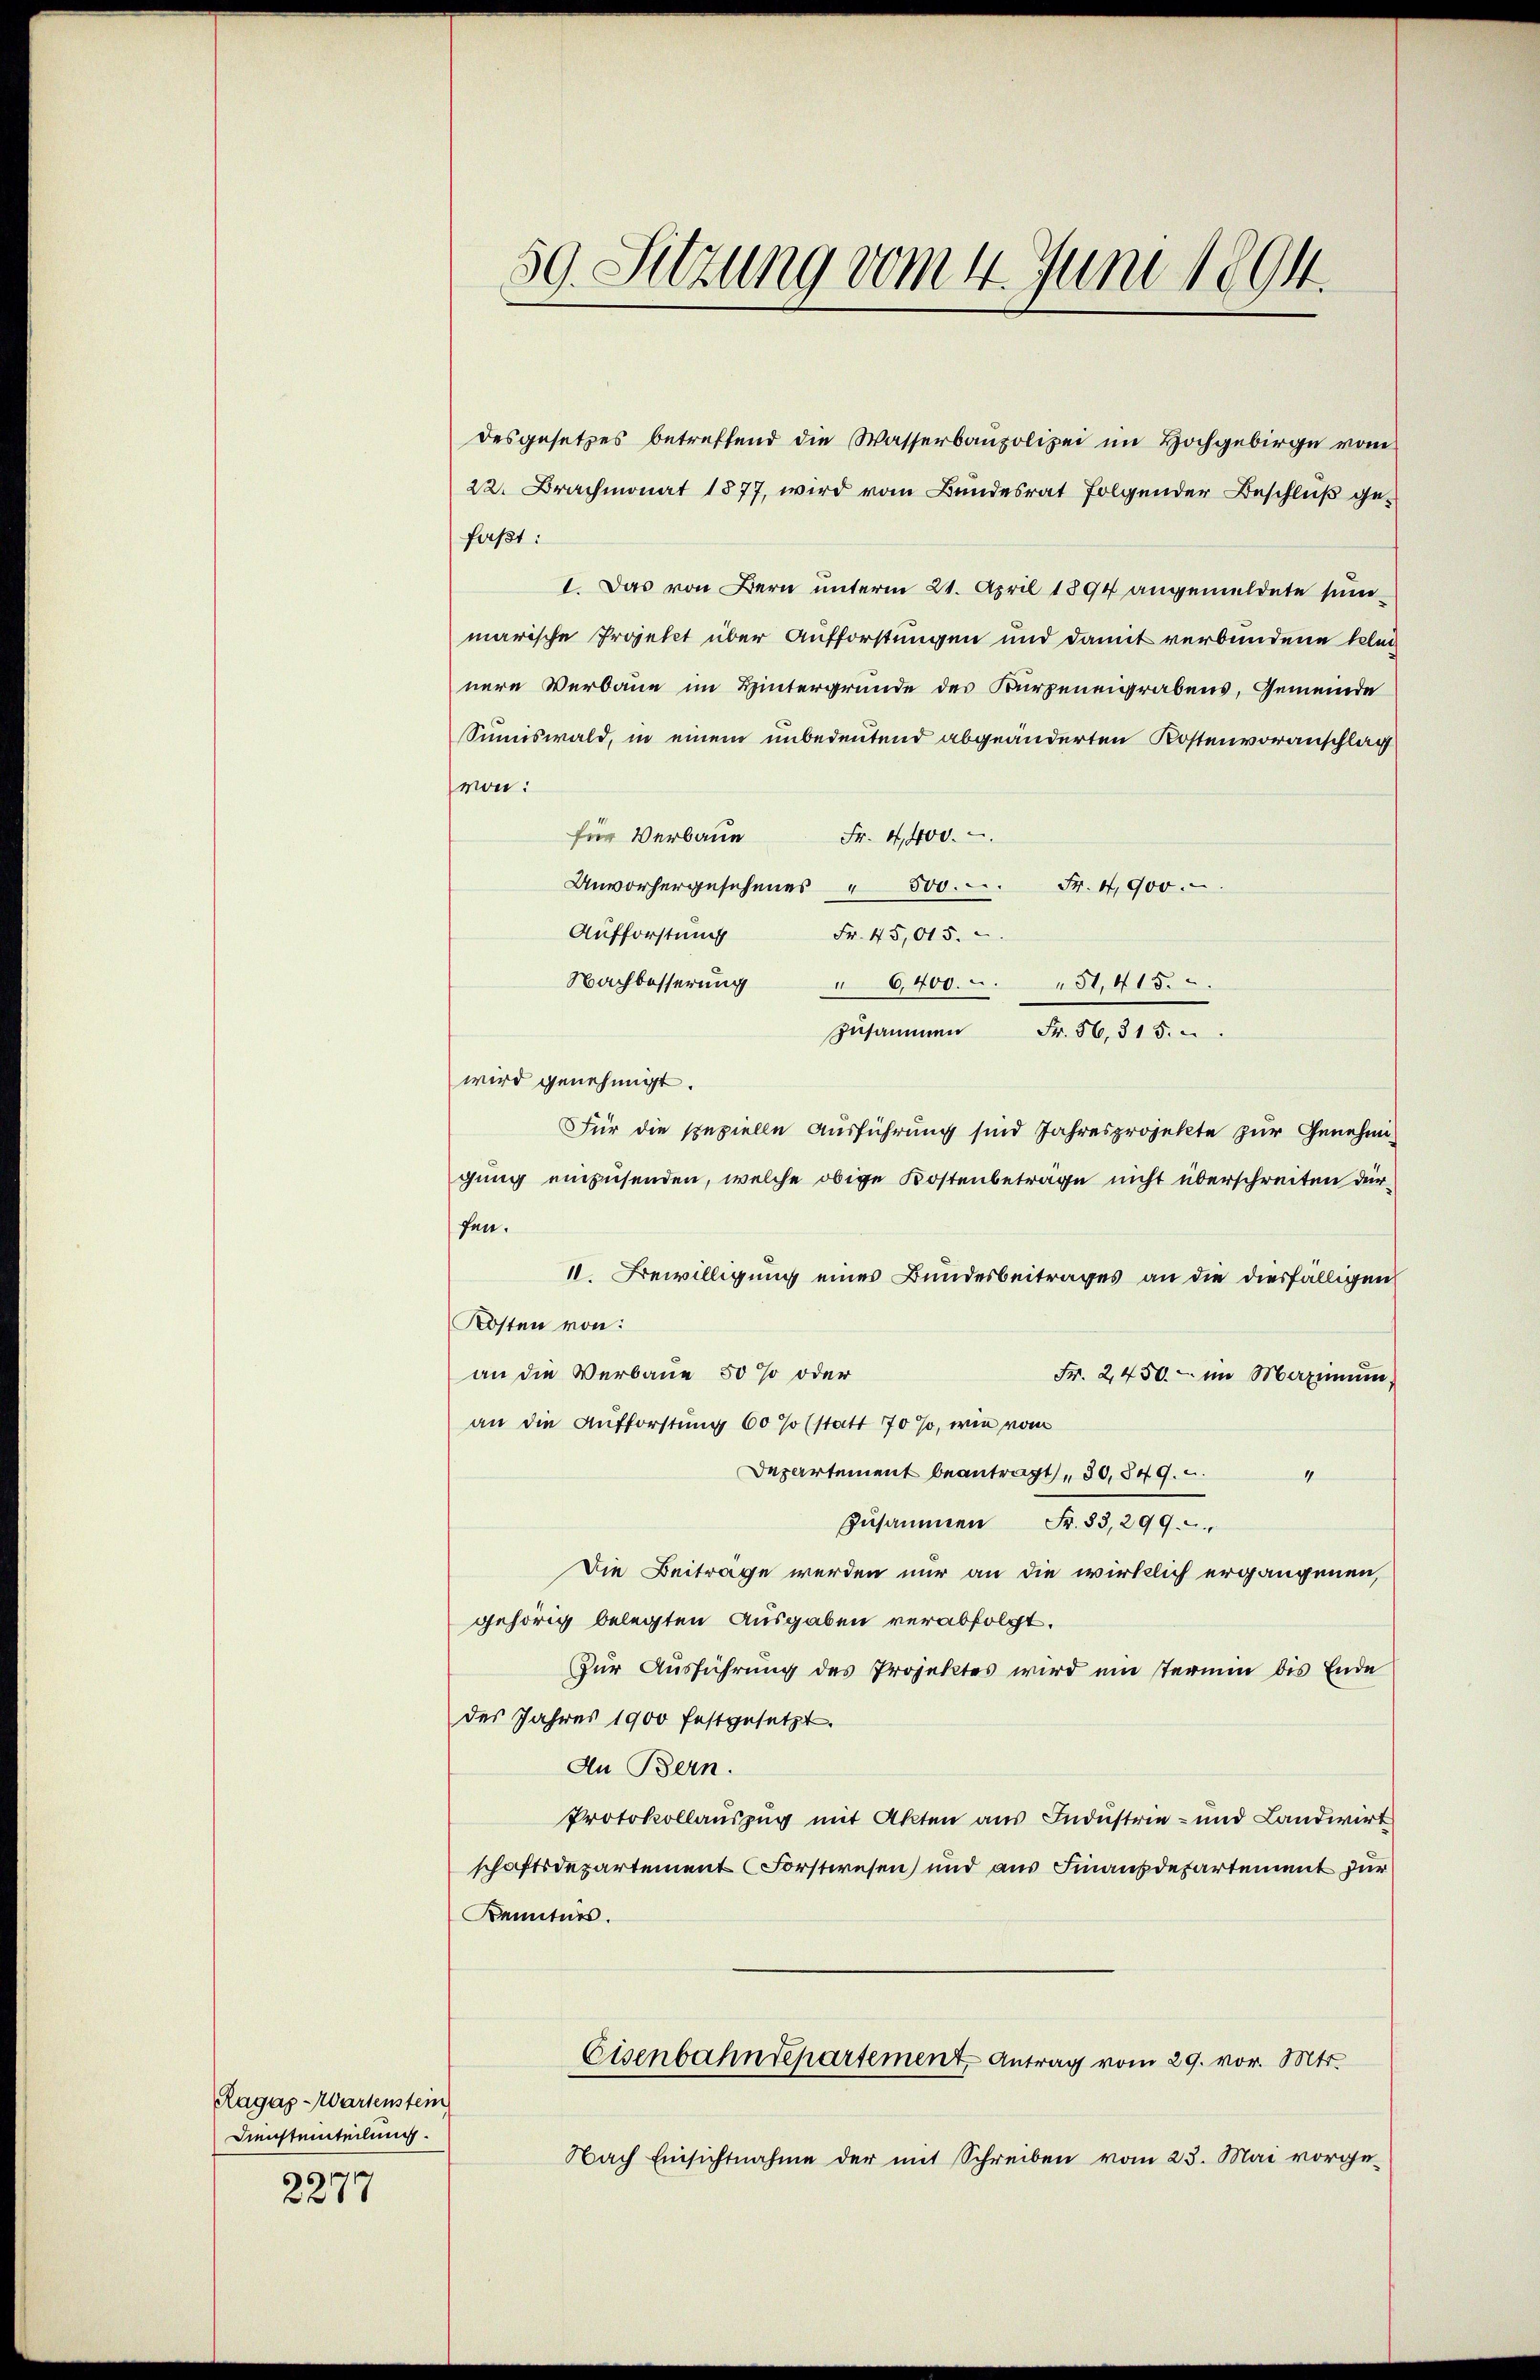
Ragas-Wartenstein
Diensteinteilung.
6
3277

59. Sitzung vom 4. Juni 1894.

desgesetzes betreffend die Wasserbaupolizei im Hochgebirge vom
22. Brachmonat 1877, wird vom Bundesrat folgender Beschluß gefaßt:
I. Das von Bern unterm 21. April 1894 angemeldete summarische Projekt über Aufforstungen und damit verbundene kleinere Verbaue im Hintergründe des Kürzeneigrabens, Gemeinde
Sumiswald, in einem unbedeutend abgeänderten Kostenvoranschlag
von:
für Verbaue Fr. 4,400.
Unvorhergesehenes " 500. Fr. 4900.
Aufforstung
Fr. 45,015.
Nachbesserung
" 6400. 51, 415.
zusammen Fr. 56, 315.
wird genehmigt.
FFür die spezielle Ausführung sind Jahresprojekte zur Genehmigung einzusenden, welche obige Kostenbeträge nicht überschreiten dürfen.
II. Bewilligung eines Bundesbeitrages an die diesfälligen
Kosten von:
an die Verbaue 50% oder
Fr. 2,450. - im Maximum,
an die Aufforstung 60 % (statt 70 %, wie vom
Departement beantragt, 30,849.
4
zusammen Fr. 83, 299.
Die Beiträge werden nur an die wirklich ergangenen,
gehörig belegten Ausgaben verabfolgt.
Zur Ausführung des Projektes wird ein termin bis Ende
des Jahres 1900 festgesetzt.
An Bern.
Protokollauszug mit Akten aus Industrie- und Landwirt
schaftsdepartement Forstwesen und aus Finanzdepartement für
Kenntnis.
Eisenbahndepartement Antrag vom 29. vor. Mts.
Nach Einsichtnahme der mit Schreiben vom 23. Mai vorge¬